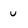
Character: u